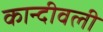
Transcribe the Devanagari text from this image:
कान्दीवली